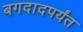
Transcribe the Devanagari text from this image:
बगदादपर्यंत